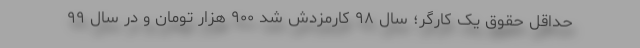
حداقل حقوق یک کارگر؛ سال ۹۸ کارمزدش شد ۹۰۰ هزار تومان و در سال ۹۹